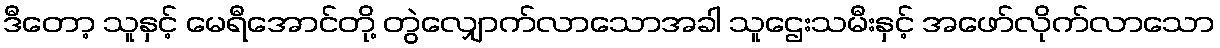
ဒီတော့ သူနှင့် မေရီအောင်တို့ တွဲလျှောက်လာသောအခါ သူဌေးသမီးနှင့် အဖော်လိုက်လာသော